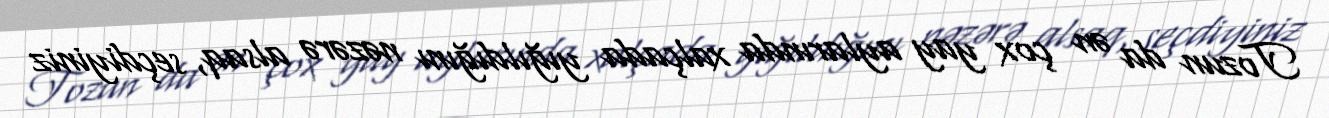
Tozun da ən çox yay aylarında xalçada yığıldığını nəzərə alsaq, seçdiyiniz